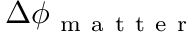
\Delta \phi _ { \mathrm { ~ m ~ a ~ t ~ t ~ e ~ r ~ } }